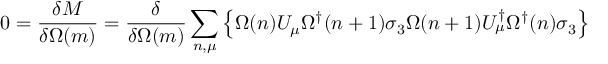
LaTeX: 0 = \frac { \delta M } { \delta \Omega ( m ) } = \frac { \delta } { \delta \Omega ( m ) } \sum _ { n , \mu } \left\{ \Omega ( n ) U _ { \mu } \Omega ^ { \dagger } ( n + 1 ) \sigma _ { 3 } \Omega ( n + 1 ) U _ { \mu } ^ { \dagger } \Omega ^ { \dagger } ( n ) \sigma _ { 3 } \right\}